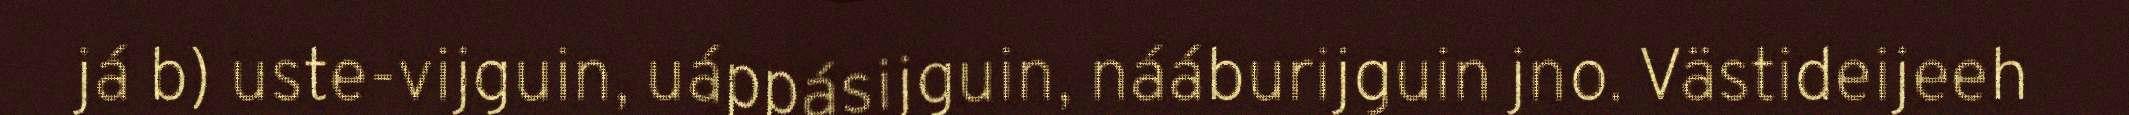
já b) uste-vijguin, uáppásijguin, nááburijguin jno. Västideijeeh